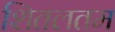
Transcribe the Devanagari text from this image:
शितलतम